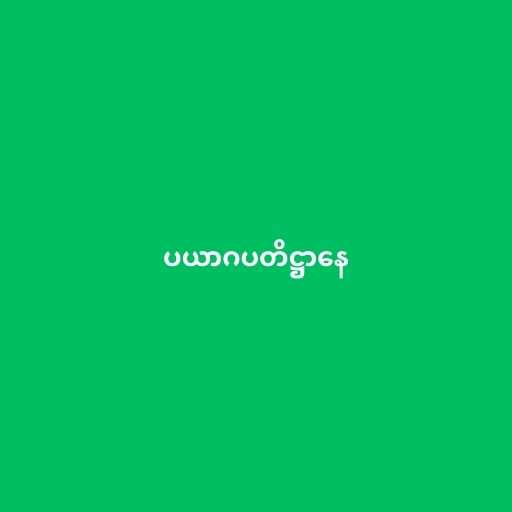
ပယာဂပတိဋ္ဌာနေ